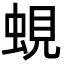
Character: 蜆